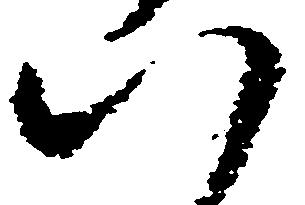
八